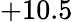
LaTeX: +10.5